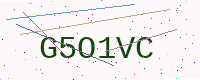
Text: G5O1VC